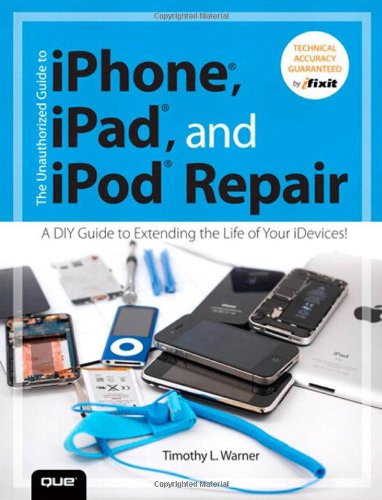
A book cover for The Unauthorized Guide to iPhone, iPad, and iPod Repair: A DIY Guide to Extending the Life of Your iDevices!; Timothy L. Warner; Computers & Technology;